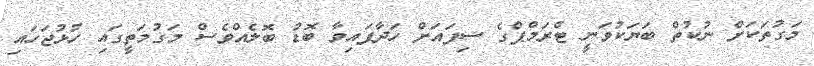
މަގުތަކަށް ނުކުތް ބަޔަކުވަނީ ޓްރަމްޕްގެ ސިފައަށް ހަދާފައިވާ ބޮޑު ބޮލެއްވެސް މަގުމަތީގައި ހުޅުޖަހައި